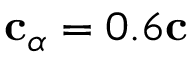
\mathbf { c } _ { \alpha } = 0 . 6 \mathbf { c }